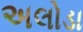
અલોડા